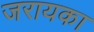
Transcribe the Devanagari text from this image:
जरायका